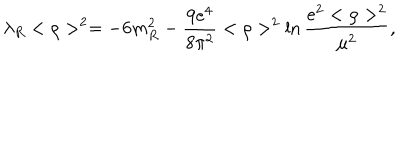
\lambda _ { R } < \rho > ^ { 2 } = - 6 m _ { R } ^ { 2 } - \frac { 9 e ^ { 4 } } { 8 \pi ^ { 2 } } < \rho > ^ { 2 } \ln \frac { e ^ { 2 } < \rho > ^ { 2 } } { \mu ^ { 2 } } ,